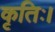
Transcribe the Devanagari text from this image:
कृतिः।